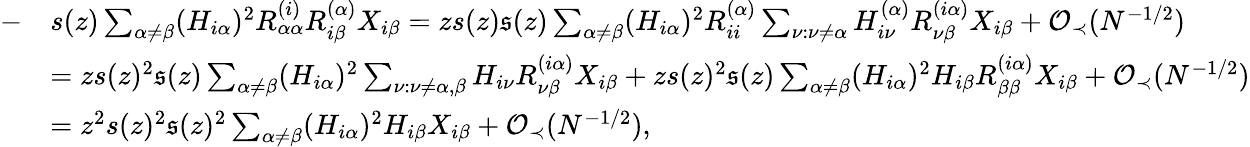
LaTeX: \begin{array}{rl}{-}&{s(z)\sum_{\alpha\neq\beta}(H_{i\alpha})^{2}R_{\alpha\alpha}^{(i)}R_{i\beta}^{(\alpha)}X_{i\beta}=zs(z)\mathfrak{s}(z)\sum_{\alpha\neq\beta}(H_{i\alpha})^{2}R_{ii}^{(\alpha)}\sum_{\nu:\nu\neq\alpha}H_{i\nu}^{(\alpha)}R_{\nu\beta}^{(i\alpha)}X_{i\beta}+{\mathcal O}_{\prec}(N^{-1/2})}\\ &{=zs(z)^{2}\mathfrak{s}(z)\sum_{\alpha\neq\beta}(H_{i\alpha})^{2}\sum_{\nu:\nu\neq\alpha,\beta}H_{i\nu}R_{\nu\beta}^{(i\alpha)}X_{i\beta}+zs(z)^{2}\mathfrak{s}(z)\sum_{\alpha\neq\beta}(H_{i\alpha})^{2}H_{i\beta}R_{\beta\beta}^{(i\alpha)}X_{i\beta}+{\mathcal O}_{\prec}(N^{-1/2})}\\ &{=z^{2}s(z)^{2}\mathfrak{s}(z)^{2}\sum_{\alpha\neq\beta}(H_{i\alpha})^{2}H_{i\beta}X_{i\beta}+{\mathcal O}_{\prec}(N^{-1/2}),}\end{array}